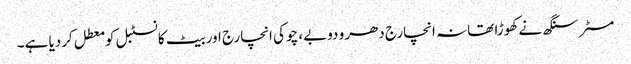
مسٹر سنگھ نے کھوڑا تھانہ انچارج دھرو دوبے، چوکی انچارج اور بیٹ کانسٹبل کو معطل کردیا ہے۔